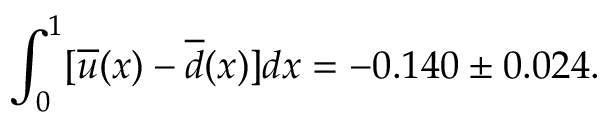
\int _ { 0 } ^ { 1 } [ \overline { { { u } } } ( x ) - \overline { { { d } } } ( x ) ] d x = - 0 . 1 4 0 \pm 0 . 0 2 4 .